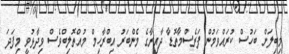
މިބިލަށް ބަހުސް ކުރައްވަމުން ފަރެސްމާތޮޑާ ދާއިރާގެ މެންބަރު އިބްރާހިމް މުއްތޮލިބްވެސް ވިދާޅުވީ މިފަދަ